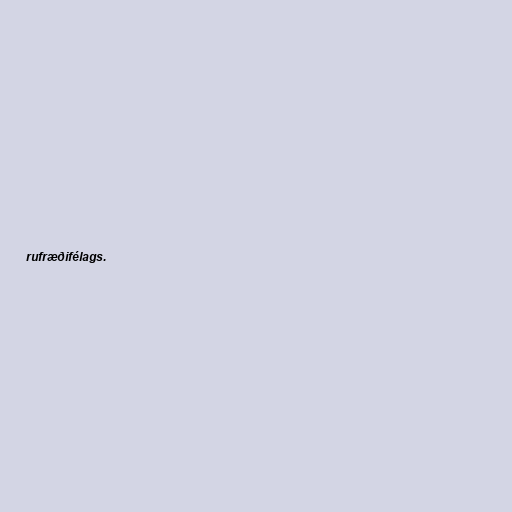
rufræðifélags.